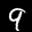
Label: 9